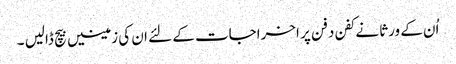
اُن کے ورثا نے کفن دفن پر اخراجات کے لئے ان کی زمینیں بیچ ڈالیں ۔